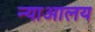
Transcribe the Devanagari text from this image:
न्याआलय